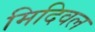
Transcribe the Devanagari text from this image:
मिदिवल